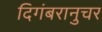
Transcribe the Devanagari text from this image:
दिगंबरानुचर